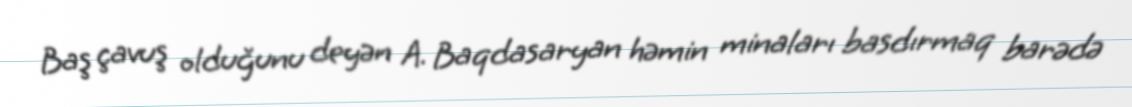
Baş çavuş olduğunu deyən A. Baqdasaryan həmin minaları basdırmaq barədə